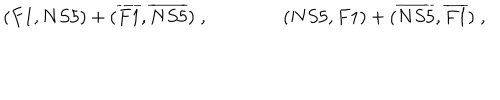
( F 1 , N S 5 ) + ( \overline { { { F 1 } } } , \overline { { { N S 5 } } } ) \; , \qquad \qquad ( N S 5 , F 1 ) + ( \overline { { { N S 5 } } } , \overline { { { F 1 } } } ) \; ,